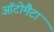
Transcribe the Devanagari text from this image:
ऑटोमैटा